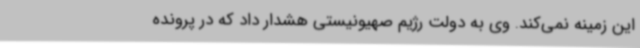
این زمینه نمی‌کند. وی به دولت رژیم صهیونیستی هشدار داد که در پرونده